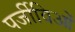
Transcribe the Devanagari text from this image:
पर्जीविओं